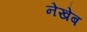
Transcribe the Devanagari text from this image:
नेखेब